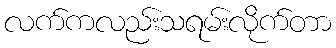
လက်ကလည်းသရမ်းလိုက်တာ